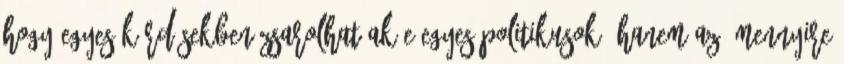
hogy egyes kérdésekben zsarolhatóak-e egyes politikusok, hanem az, mennyire